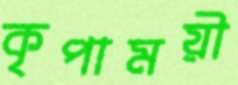
কৃপাময়ী